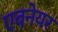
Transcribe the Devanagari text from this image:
एबनेयर